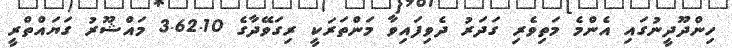
ހިންދޫދީނުގައި އެންމެ މަތިވެރި ގަދަރު ދެވިފައިވާ މަންތަރަކީ ރިގަވޭދާގެ 3.62.10 މައްޝޫރު ގަޔައްތްރީ